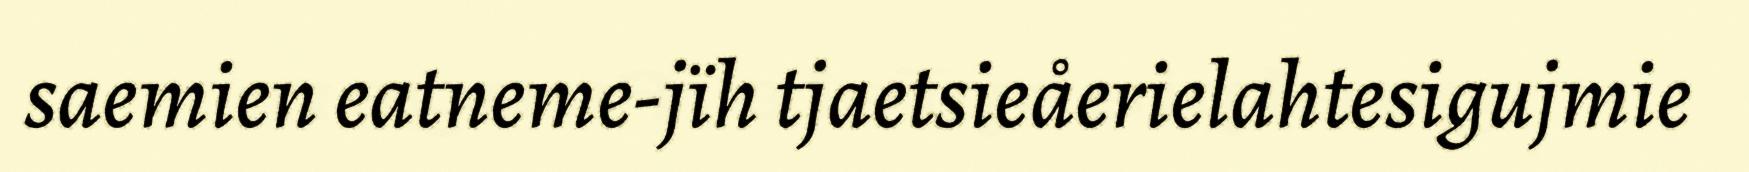
saemien eatneme-jïh tjaetsieåerielahtesigujmie